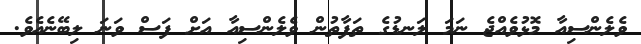
ވެލެންސިއާ މޮޅުވެއްޖެ ނަމަ ލަނޑުގެ ތަފާތުން ވެލެންސިއާ އަށް ފަސް ވަނަ ލިބޭނެއެވެ.